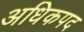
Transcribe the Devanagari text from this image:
अधिकपद